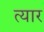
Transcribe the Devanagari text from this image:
त्यार